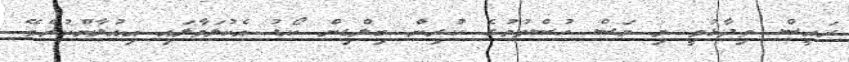
ރައީސް ވިދާޅުވީ މި މަސް ހުސްވުމުގެ ކުރިން ބިލްޑިން ކޯޑު އެކުލަވާލައި އިއުލާންކުރެވޭ